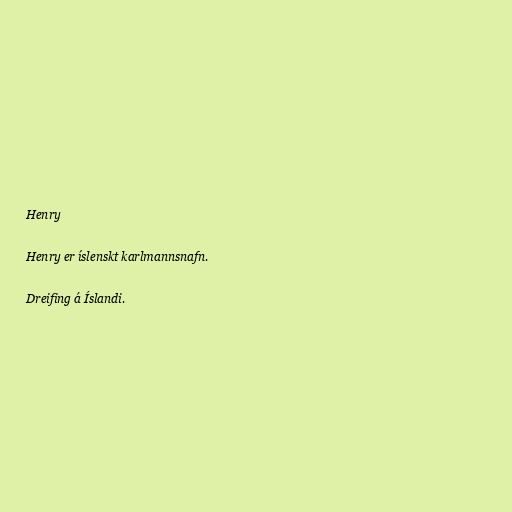
Henry

Henry er íslenskt karlmannsnafn.

Dreifing á Íslandi.